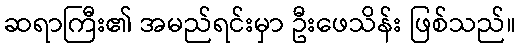
ဆရာကြီး၏ အမည်ရင်းမှာ ဦးဖေသိန်း ဖြစ်သည်။